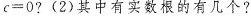
c = 0$$? (2)其中有实数根的有几个?